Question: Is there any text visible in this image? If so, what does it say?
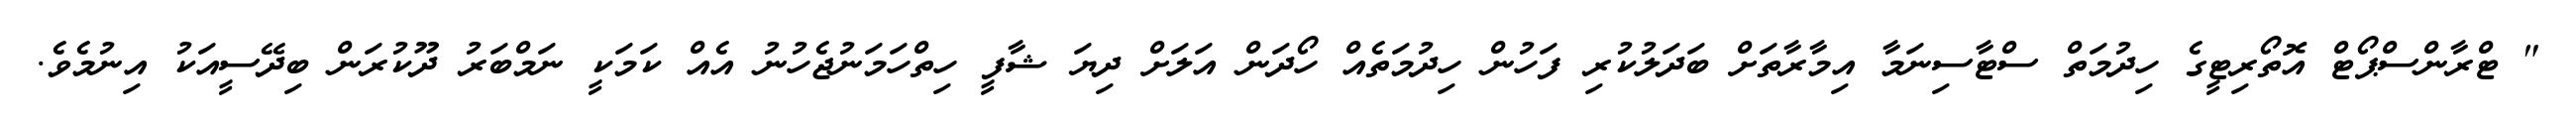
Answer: " ޓްރާންސްޕޯޓް އޮތޯރިޓީގެ ހިދުމަތް ސްޓާސިނަމާ އިމާރާތަށް ބަދަލުކުރި ފަހުން ހިދުމަތެއް ހޯދަން އަލަށް ދިޔަ ޝާފީ ހިތްހަމަނުޖެހުނު އެއް ކަމަކީ ނަމްބަރު ދޫކުރަން ބިދޭސީއަކު އިނުމެވެ.